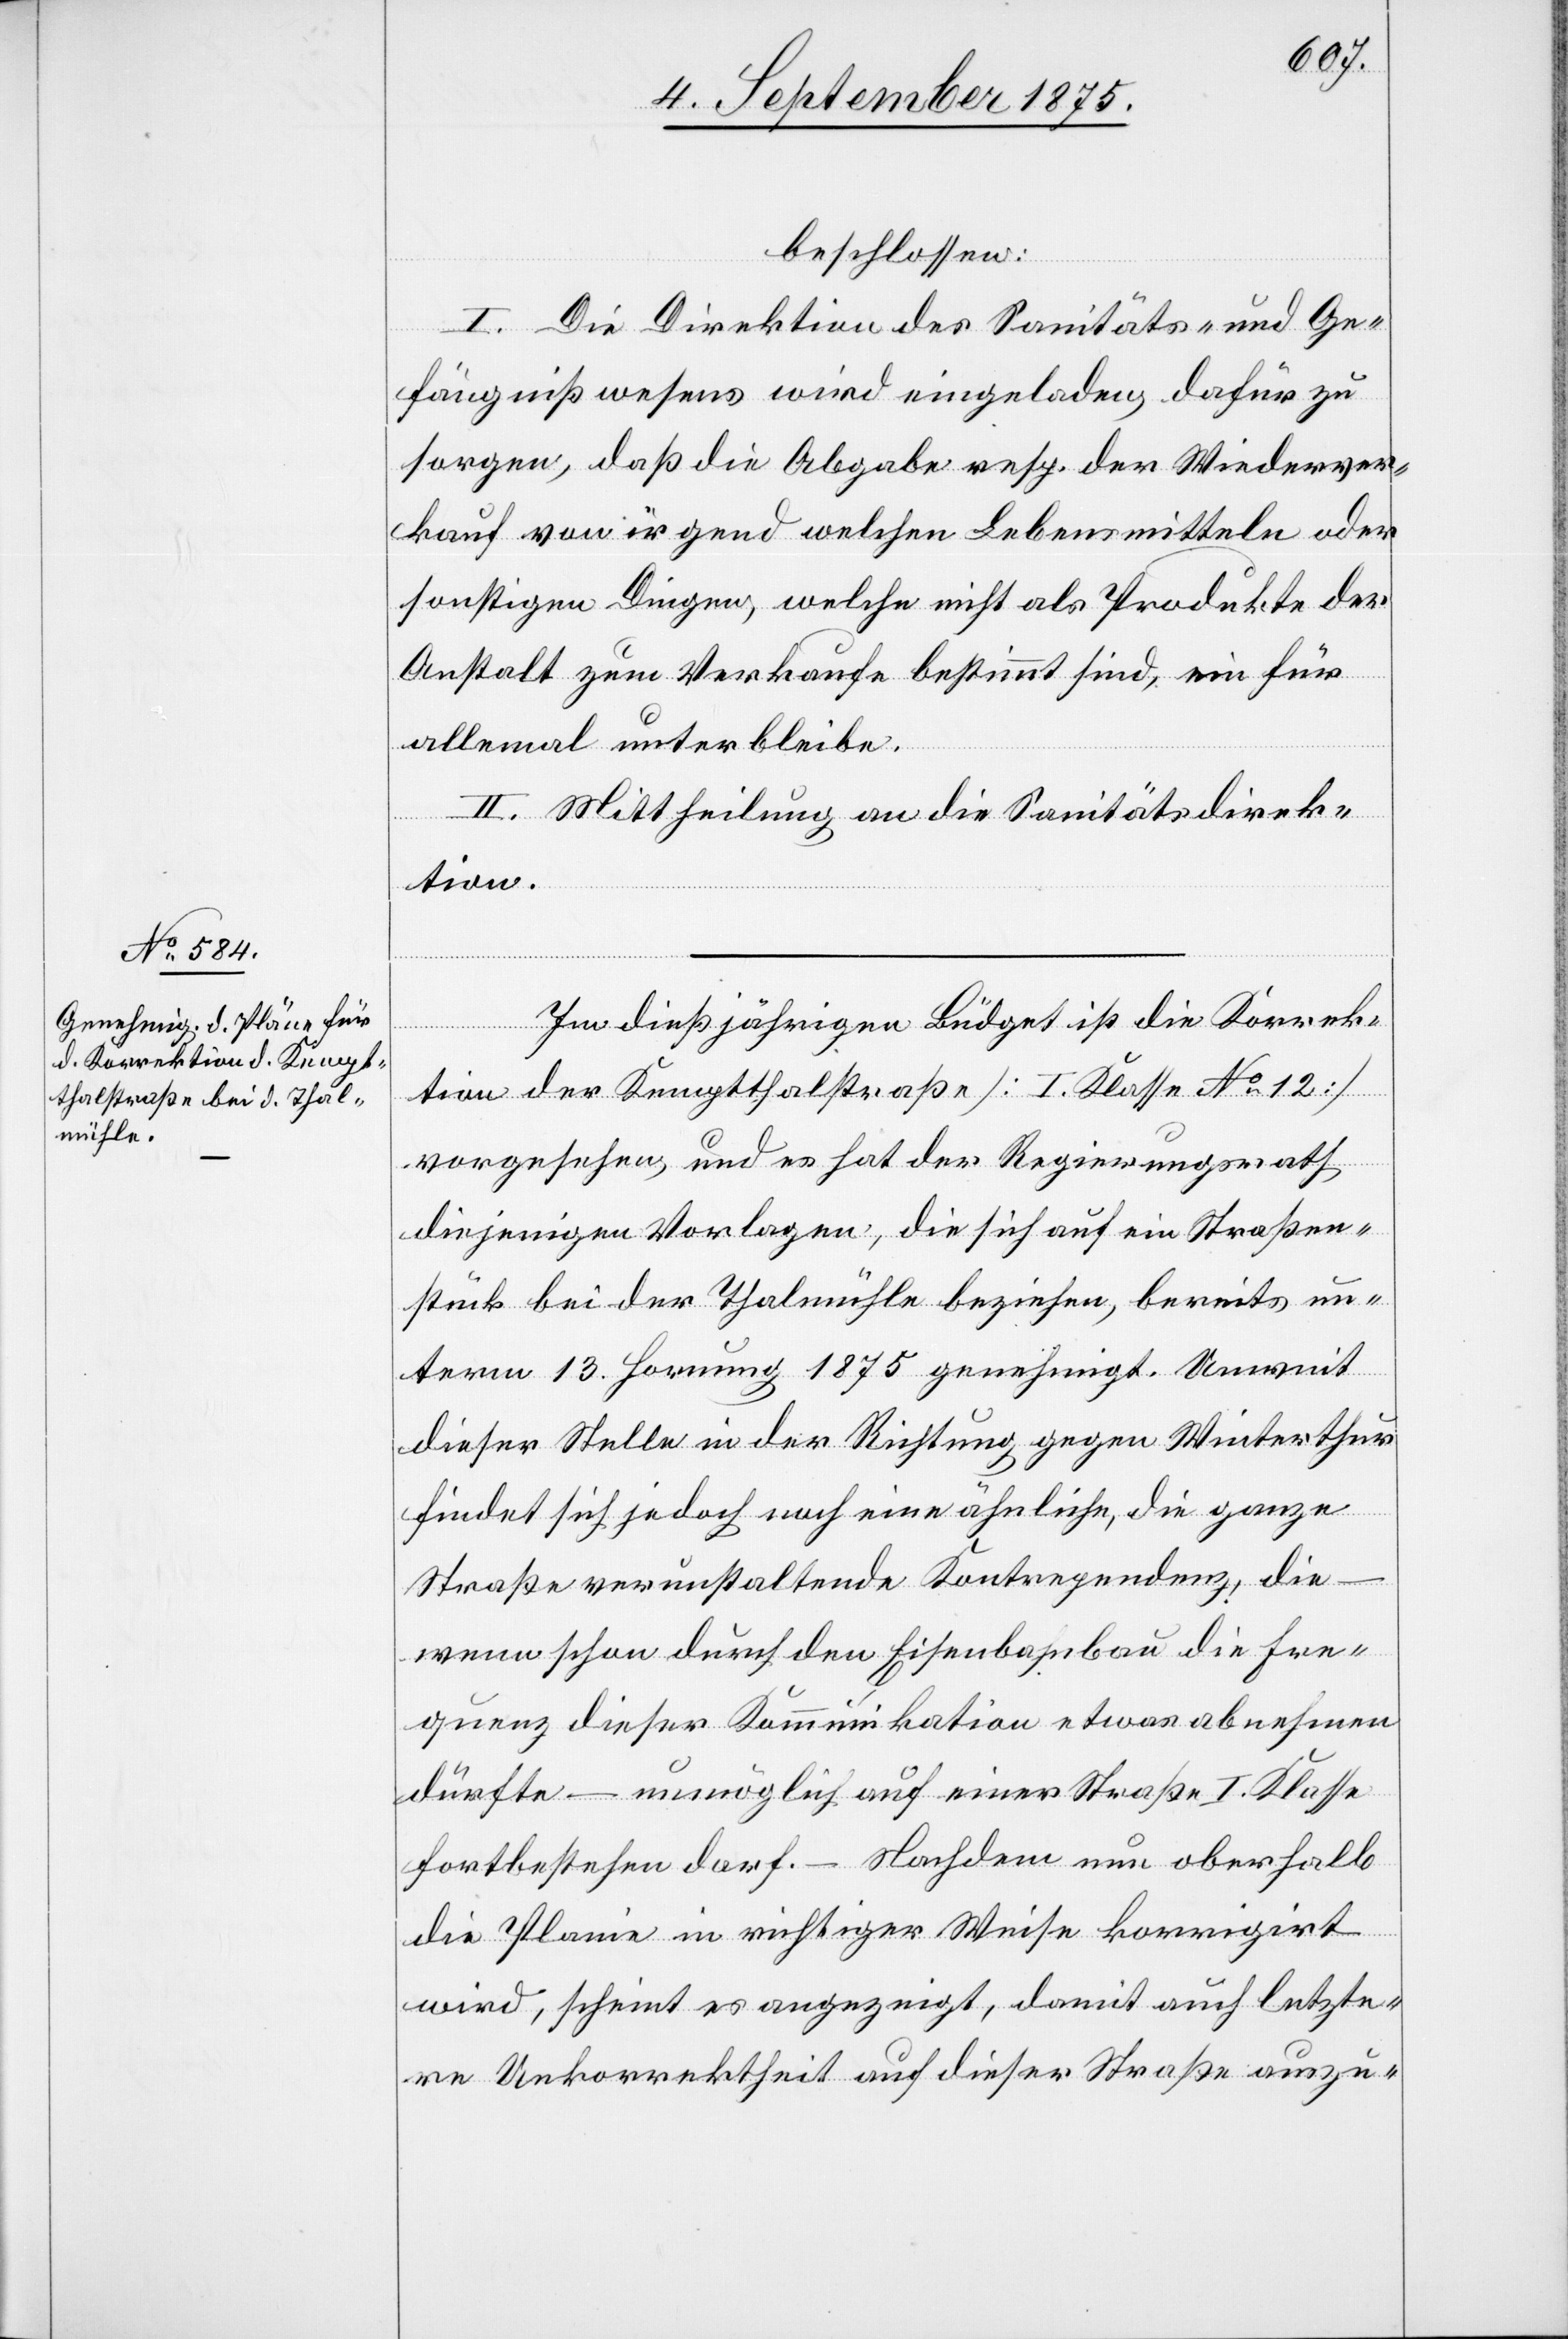
beschlossen:
I. Die Direktion des Sanitäts- und Ge¬
fängnißwesens wird eingeladen, dafür zu
sorgen, daß die Abgabe resp. der Wiederver¬
kauf von irgendwelchen Lebensmitteln oder
sonstigen Dingen, welche nicht als Produkte der
Anstalt zum Verkaufe bestimmt sind, ein für
allemal unterbleibe.
II. Mittheilung an die Sanitätsdirek¬
tion.
Im dießjährigen Büdget ist die Korrek¬
tion der Kempthalstraße [I. Klasse No 12]
vorgesehen, und es hat der Regierungsrath
diejenigen Vorlagen, die sich auf ein Straßen¬
stück bei der Thalmühle beziehen, bereits un¬
term 13. Hornung 1875 genehmigt. Unweit
dieser Stelle in der Richtung gegen Winterthur
findet sich jedoch noch eine ähnliche, die ganze
Straße verunstaltende Kontrependenz, die
wenn schon durch den Eisenbahnbau die Fre¬
quenz dieser Kommunikation etwas abnehmen
dürfte – unmöglich auf einer Straße I. Klasse
fortbestehen darf. – Nachdem neu oberhalb
die Planie in richtiger Weise korrigirt
wird, scheint es angezeigt, damit auch letzte¬
re Unkorrektheit auf dieser Straße auszu-